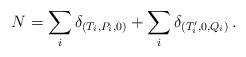
LaTeX: \begin{align*} N= \sum_i \delta_{(T_i,P_i,0)} + \sum_i \delta_{(T'_i,0,Q_i)}\,.\end{align*}